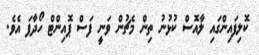
ކޮލިފައިންގައި ލާއޮސް ކުޅުނު ތިން މެޗުން ވަނީ ފަސް ޕޮއިންޓް ހޯދާފަ އެވެ.